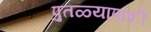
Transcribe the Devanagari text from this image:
पुतळ्यापाशी